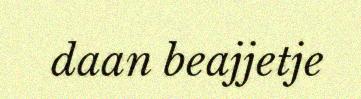
daan beajjetje